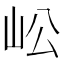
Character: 𡵴